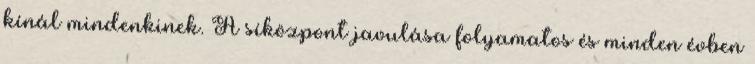
kínál mindenkinek. A síközpont javulása folyamatos és minden évben